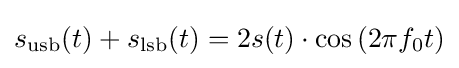
s_{\text{usb}}(t)+s_{\text{lsb}}(t)=2s(t)\cdot \cos \left(2\pi f_{0}t\right)